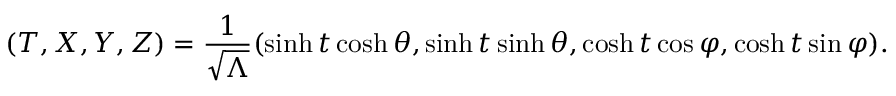
( T , X , Y , Z ) = \frac { 1 } { \sqrt { \Lambda } } ( \sinh t \cosh \theta , \sinh t \sinh \theta , \cosh t \cos \varphi , \cosh t \sin \varphi ) .